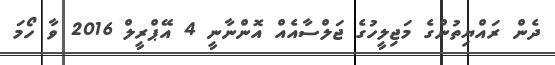
ދެން ރައްޔިތުންގެ މަޖިލީހުގެ ޖަލްސާއެއް އޮންނާނީ 4 އޭޕްރީލް 2016 ވާ ހޯމަ